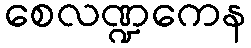
စေလဏ္ဍကေန